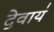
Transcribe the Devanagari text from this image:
दे॒वाय॑